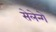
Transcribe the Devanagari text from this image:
सेलेन्गे